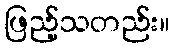
ဖြည့်သတည်း။